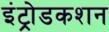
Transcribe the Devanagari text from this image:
इंट्रोडकशन